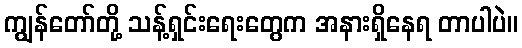
ကျွန်တော်တို့ သန့်ရှင်းရေးတွေက အနားရှိနေရ တာပါပဲ။